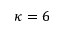
\kappa = 6